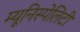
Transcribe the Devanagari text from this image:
म्यूनिस्पेलिटी